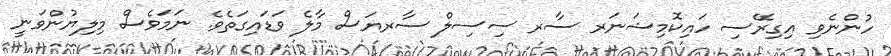
ހުންނެވި އިގިރޭސި ހައިކޮމިޝަނަރ ސާރ ސިސިލް ސާރޔަސް މާލެ ވަޑައިގަތެވެ. ނަމަވެސް މިލިޔުންވަނީ